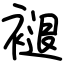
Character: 褪